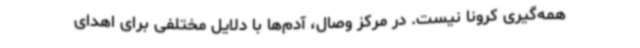
همه‌گیری کرونا نیست. در مرکز وصال، آدم‌ها با دلایل مختلفی برای اهدای